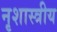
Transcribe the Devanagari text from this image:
नृशास्त्रीय